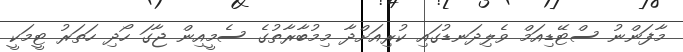
މާފަންނު ސްޓޭޑިއަމް ވެލިދަނޑުގައި ކުރިއަށްދާ މިމުބާރާތުގެ ސެމީއިން ޖާގަ ހޯދި ހަތަރު ޓީމަކީ